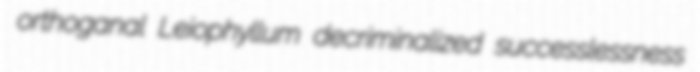
orthoganal Leiophyllum decriminalized successlessness